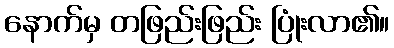
နောက်မှ တဖြည်းဖြည်း ပြုံးလာ၏။